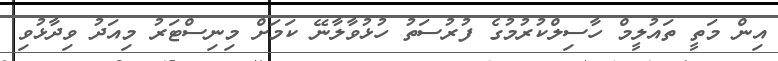
އިން މަތީ ތައުލީމް ހާސިލްކުރުމުގެ ފުރުސަތު ހުޅުވާލާނޭ ކަމަށް މިނިސްޓަރު މިއަދު ވިދާޅުވި